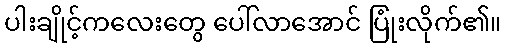
ပါးချိုင့်ကလေးတွေ ပေါ်လာအောင် ပြုံးလိုက်၏။